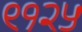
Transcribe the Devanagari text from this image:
९१२५